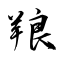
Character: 羪